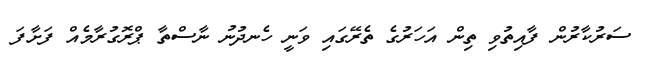
ސަރުކާރުން ފާއިތުވި ތިން އަހަރުގެ ތެރޭގައި ވަނީ ހެނދުނު ނާސްތާ ޕްރޮގުރާމެއް ފަށާފަ